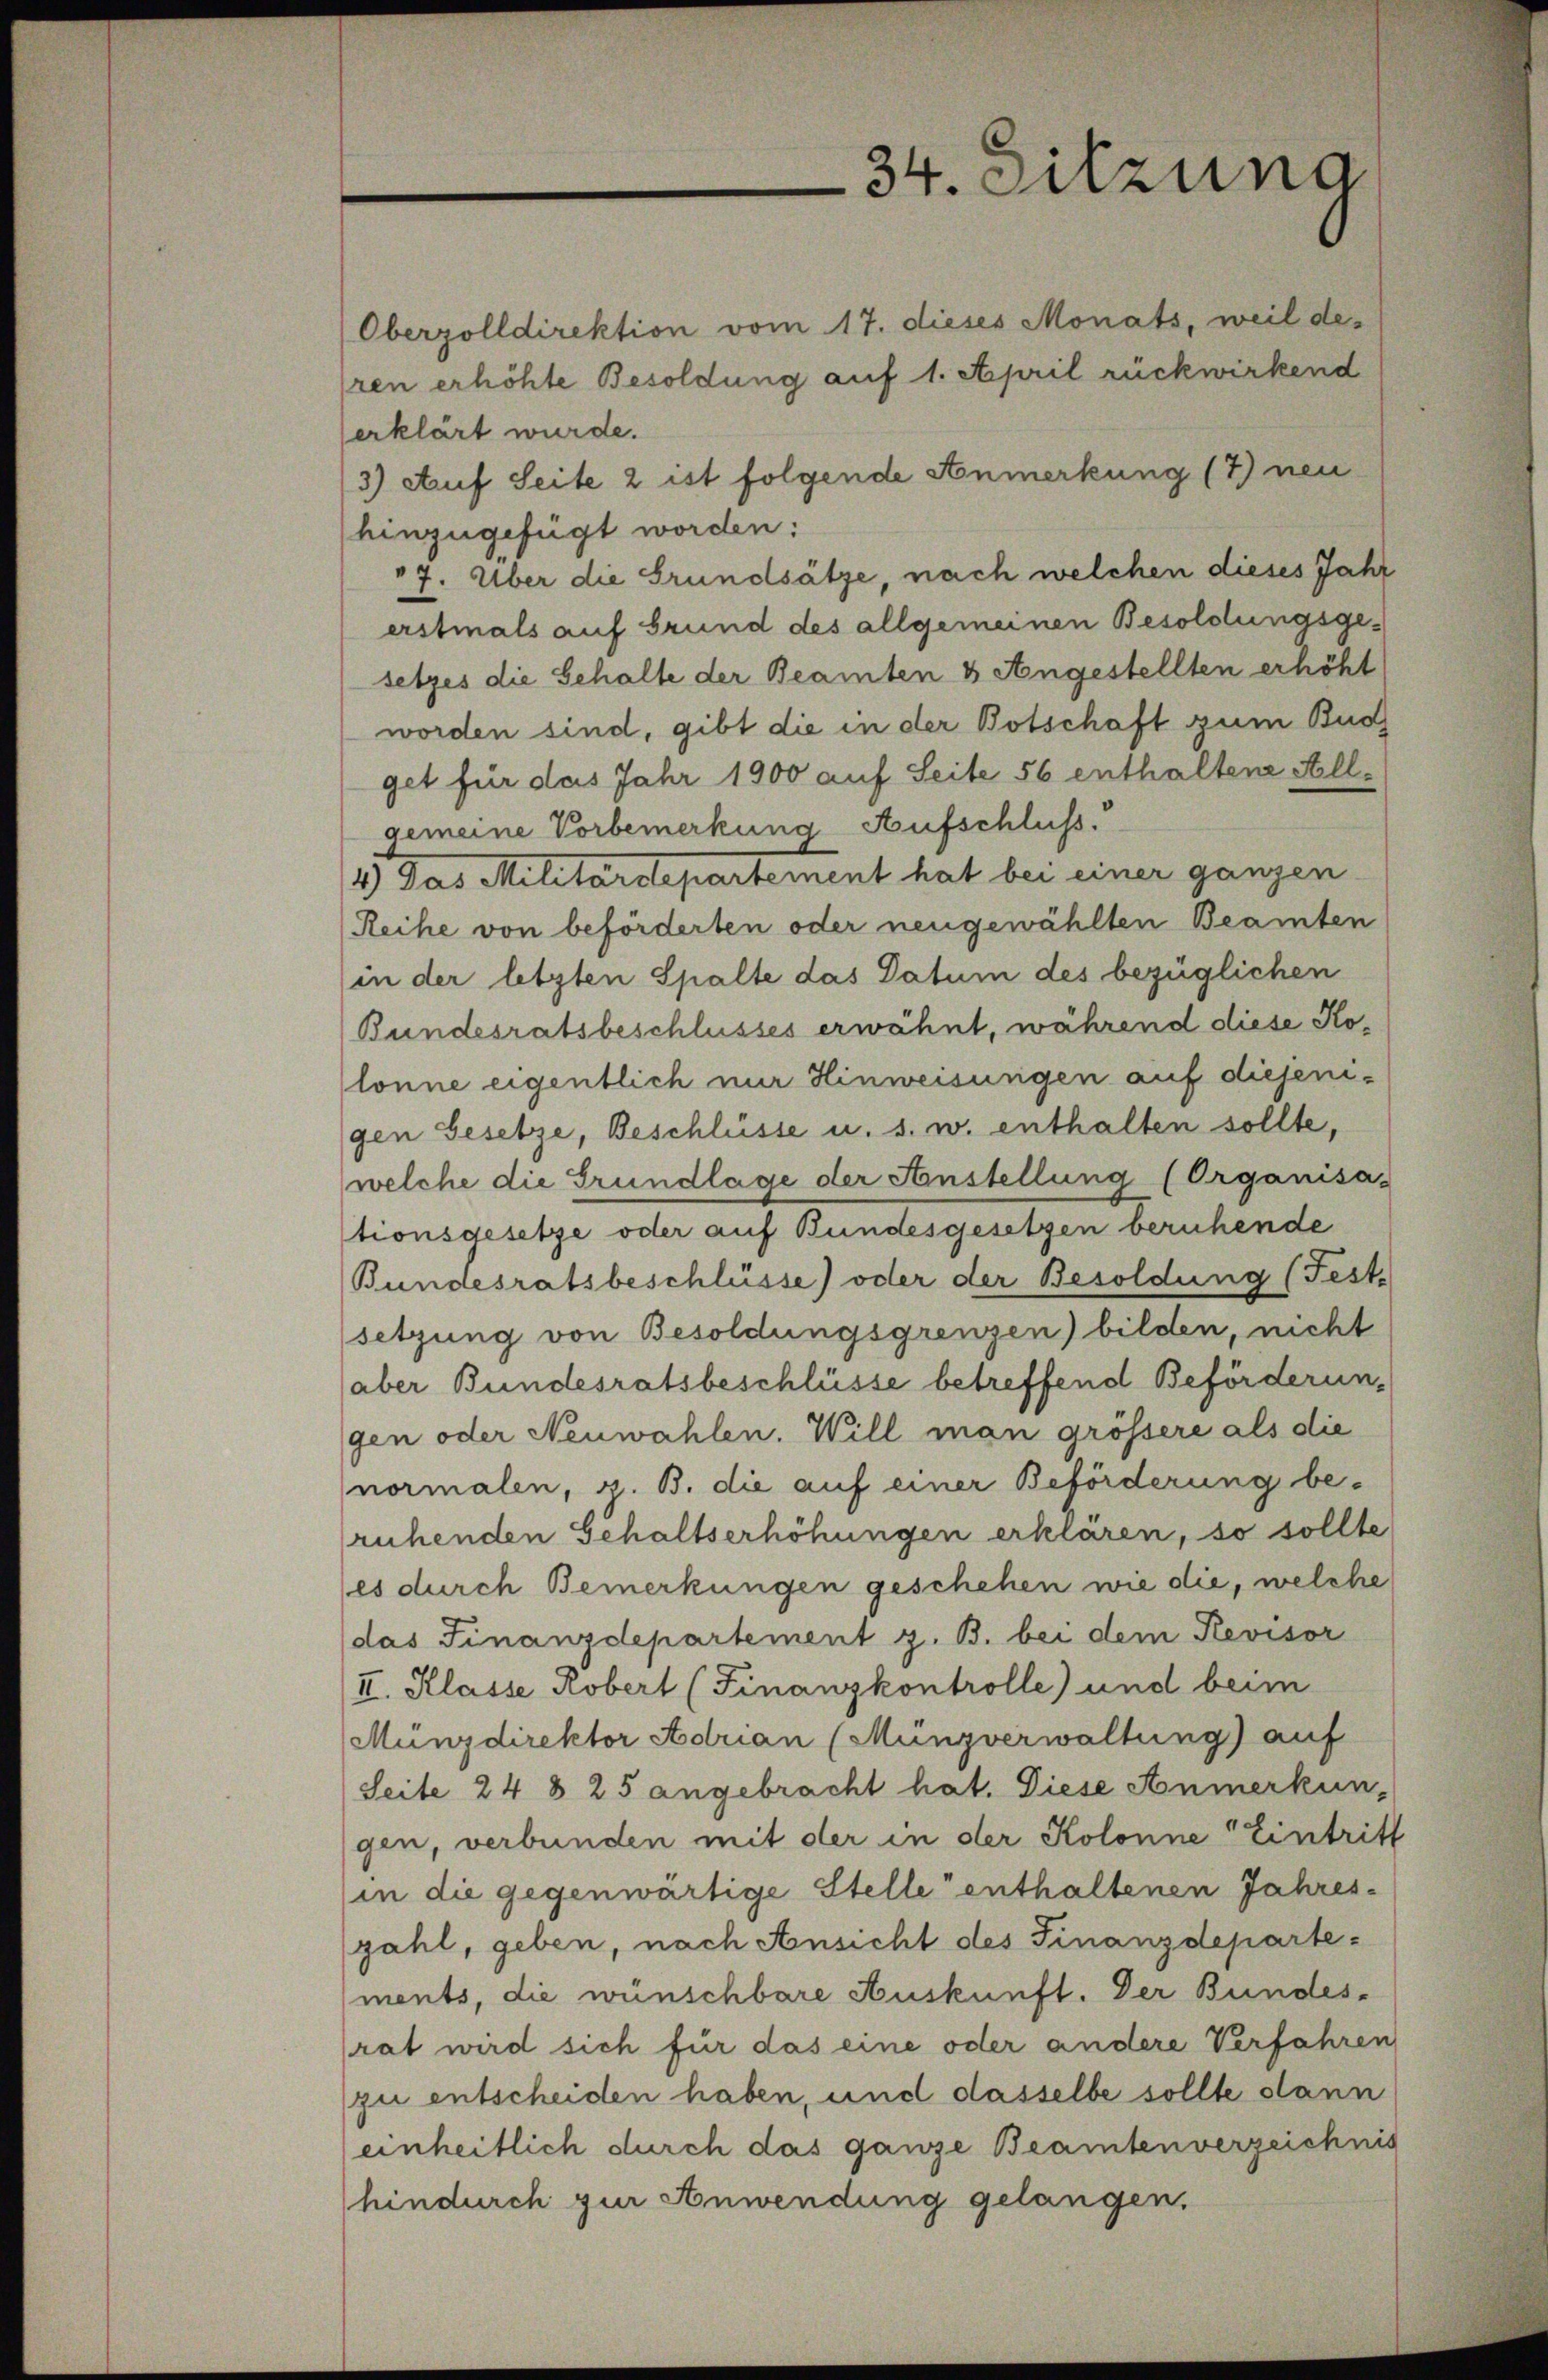
Oberzolldirektion vom 17. dieses Monats, weil des
ren erhöhte Besoldung auf 1. April rückwirkend
erklärt wurde.
3) Auf Seite 2 ist folgende Anmerkung (7) neu
hinzugefügt worden:
7. Über die Grundsätze, nach welchen dieses Jahr
erstmals auf Grund des allgemeinen Besoldungsgesetzes die Gehalte der Beamten & Angestellten erhöht
worden sind, gibt die in der Botschaft zum Bud
get für das Jahr 1900 auf Seite 56 enthaltene All-
gemeine Vorbemerkung Aufschluss.
4) Das Militärdepartement hat bei einer ganzen
Reihe von beförderten oder neugewählten Beamten
in der letzten Spalte das Datum des bezüglichen
Bundesratsbeschlusses erwähnt, während diese Kolonne eigentlich nur Hinweisungen auf diejenigen Gesetze, Beschlüsse u. s. w. enthalten sollte,
welche die Grundlage der Anstellung (Organisa-
tionsgesetze oder auf Bundesgesetzen beruhende
Bundesratsbeschlüsse) oder der Besoldung (Fest-
setzung von Besoldungsgrenzen) bilden, nicht
aber Bundesratsbeschlüsse betreffend Beförderungen oder Neuwahlen. Will man grössere als die
normalen, z. B. die auf einer Beförderung be-
ruhenden Gehaltserhöhungen erklären, so sollte
es durch Bemerkungen geschehen wie die, welche
das Finanzdepartement z. B. bei dem Revisor
II. Klasse Robert (Finanzkontrolle) und beim
Münzdirektor Adrian (Münzverwaltung) auf
Seite 24 § 25 angebracht hat. Diese Anmerkun-
gen, verbunden mit der in der Kolonne Eintritt
(in die gegenwärtige Stelle enthaltenen Jahres-
zahl, geben, nach Ansicht des Finanzdepartements, die wünschbare Auskunft. Der Bundes-
rat wird sich für das eine oder andere Verfahren
zu entscheiden haben, und dasselbe sollte dann
einheitlich durch das ganze Beamtenverzeichnis
hindurch zur Anwendung gelangen.

34. Sitzung